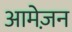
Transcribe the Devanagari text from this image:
आमेज़न